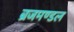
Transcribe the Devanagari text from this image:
ब्रजमण्डल